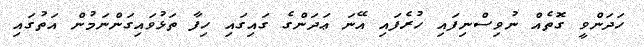
ހަދަންވީ ގޮތެއް ނުވިސްނިފައި ހުރެފައި އޭނަ ޢަދަންގެ ގައިގައި ހިފާ ތަޅުވައިގަންނަމުން އަތުގައި